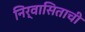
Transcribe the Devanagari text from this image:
निर्वासिताची